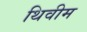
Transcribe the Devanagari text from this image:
थिवीम